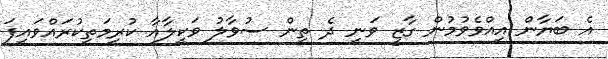
އެ ބަޔާން އިއްވެވުމުން ގާޒީ ވަނީ ދެ ތިން ސުވާލު ވަކީލާއާ ކުރިމަތިކުރައްވައިފަ